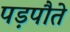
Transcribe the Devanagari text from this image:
पड़पौते